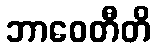
ဘာဝေတီတိ